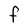
Character: F